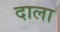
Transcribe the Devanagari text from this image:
दाला